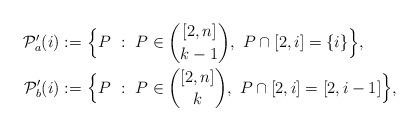
LaTeX: \begin{align*}\mathcal P_a'(i):=\ &\Big\{P\ :\ P\in {[2,n]\choose k-1},\ P\cap [2,i]=\{i\}\Big\},\\\mathcal P_b'(i):=\ &\Big\{P\ :\ P\in {[2,n]\choose k},\ P\cap [2,i]=[2,i-1]\Big\},\end{align*}